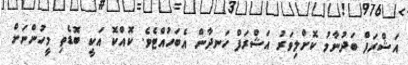
އަޝްރަފް ބަދުނާމު ކޮށްލިވަރު އަޝްރަފް ހަނދާން އެބަހުއްޓެވެ. ކޮއްކޮ އަކީ ބޮޑެތި މީހުންނަށް